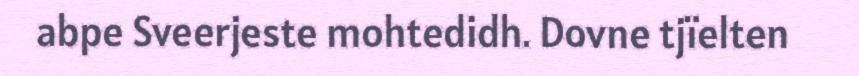
abpe Sveerjeste mohtedidh. Dovne tjïelten